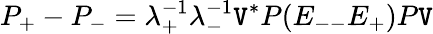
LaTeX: P_{+}-P_{-}=\lambda_{+}^{-1}\lambda_{-}^{-1}\mathtt{V}^{*}P(E_{--}E_{+})P\mathtt{V}